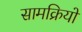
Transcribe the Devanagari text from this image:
सामक्रियों